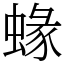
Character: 蝝